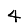
Digit: 4